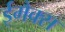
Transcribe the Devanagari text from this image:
ईमैक्स